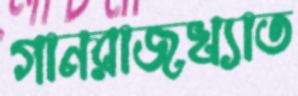
গানরাজখ্যাত